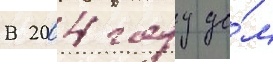
В 2004 году до́м